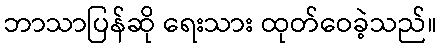
ဘာသာပြန်ဆို ရေးသား ထုတ်ဝေခဲ့သည်။